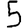
Digit: 5